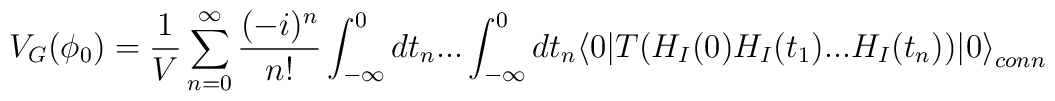
V_G(\phi_0)={1\over V} \sum_{n=0}^{\infty} \frac {(-i)^n} {n!} \int_{-\infty}^0d t_n ... \int_{-\infty}^0 d t_n \langle 0 | T(H_I(0)H_I(t_1) ... H_I(t_n))|0 {\rangle}_{conn}